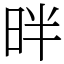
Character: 㫠